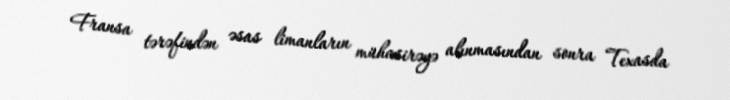
Fransa tərəfindən əsas limanların mühasirəyə alınmasından sonra Texasda